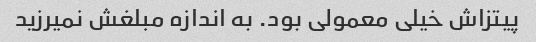
پیتزاش خیلی معمولی بود. به اندازه مبلغش نمیرزید